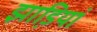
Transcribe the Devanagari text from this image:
झाडि़यां